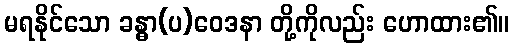
မရနိုင်သော ခန္ဓာ(ပ)ဝေဒနာ တို့ကိုလည်း ဟောထား၏။